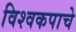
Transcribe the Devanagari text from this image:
विश्वकपाचे